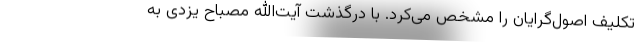
تکلیف اصول‌گرایان را مشخص می‌کرد. با درگذشت آیت‌الله مصباح یزدی به